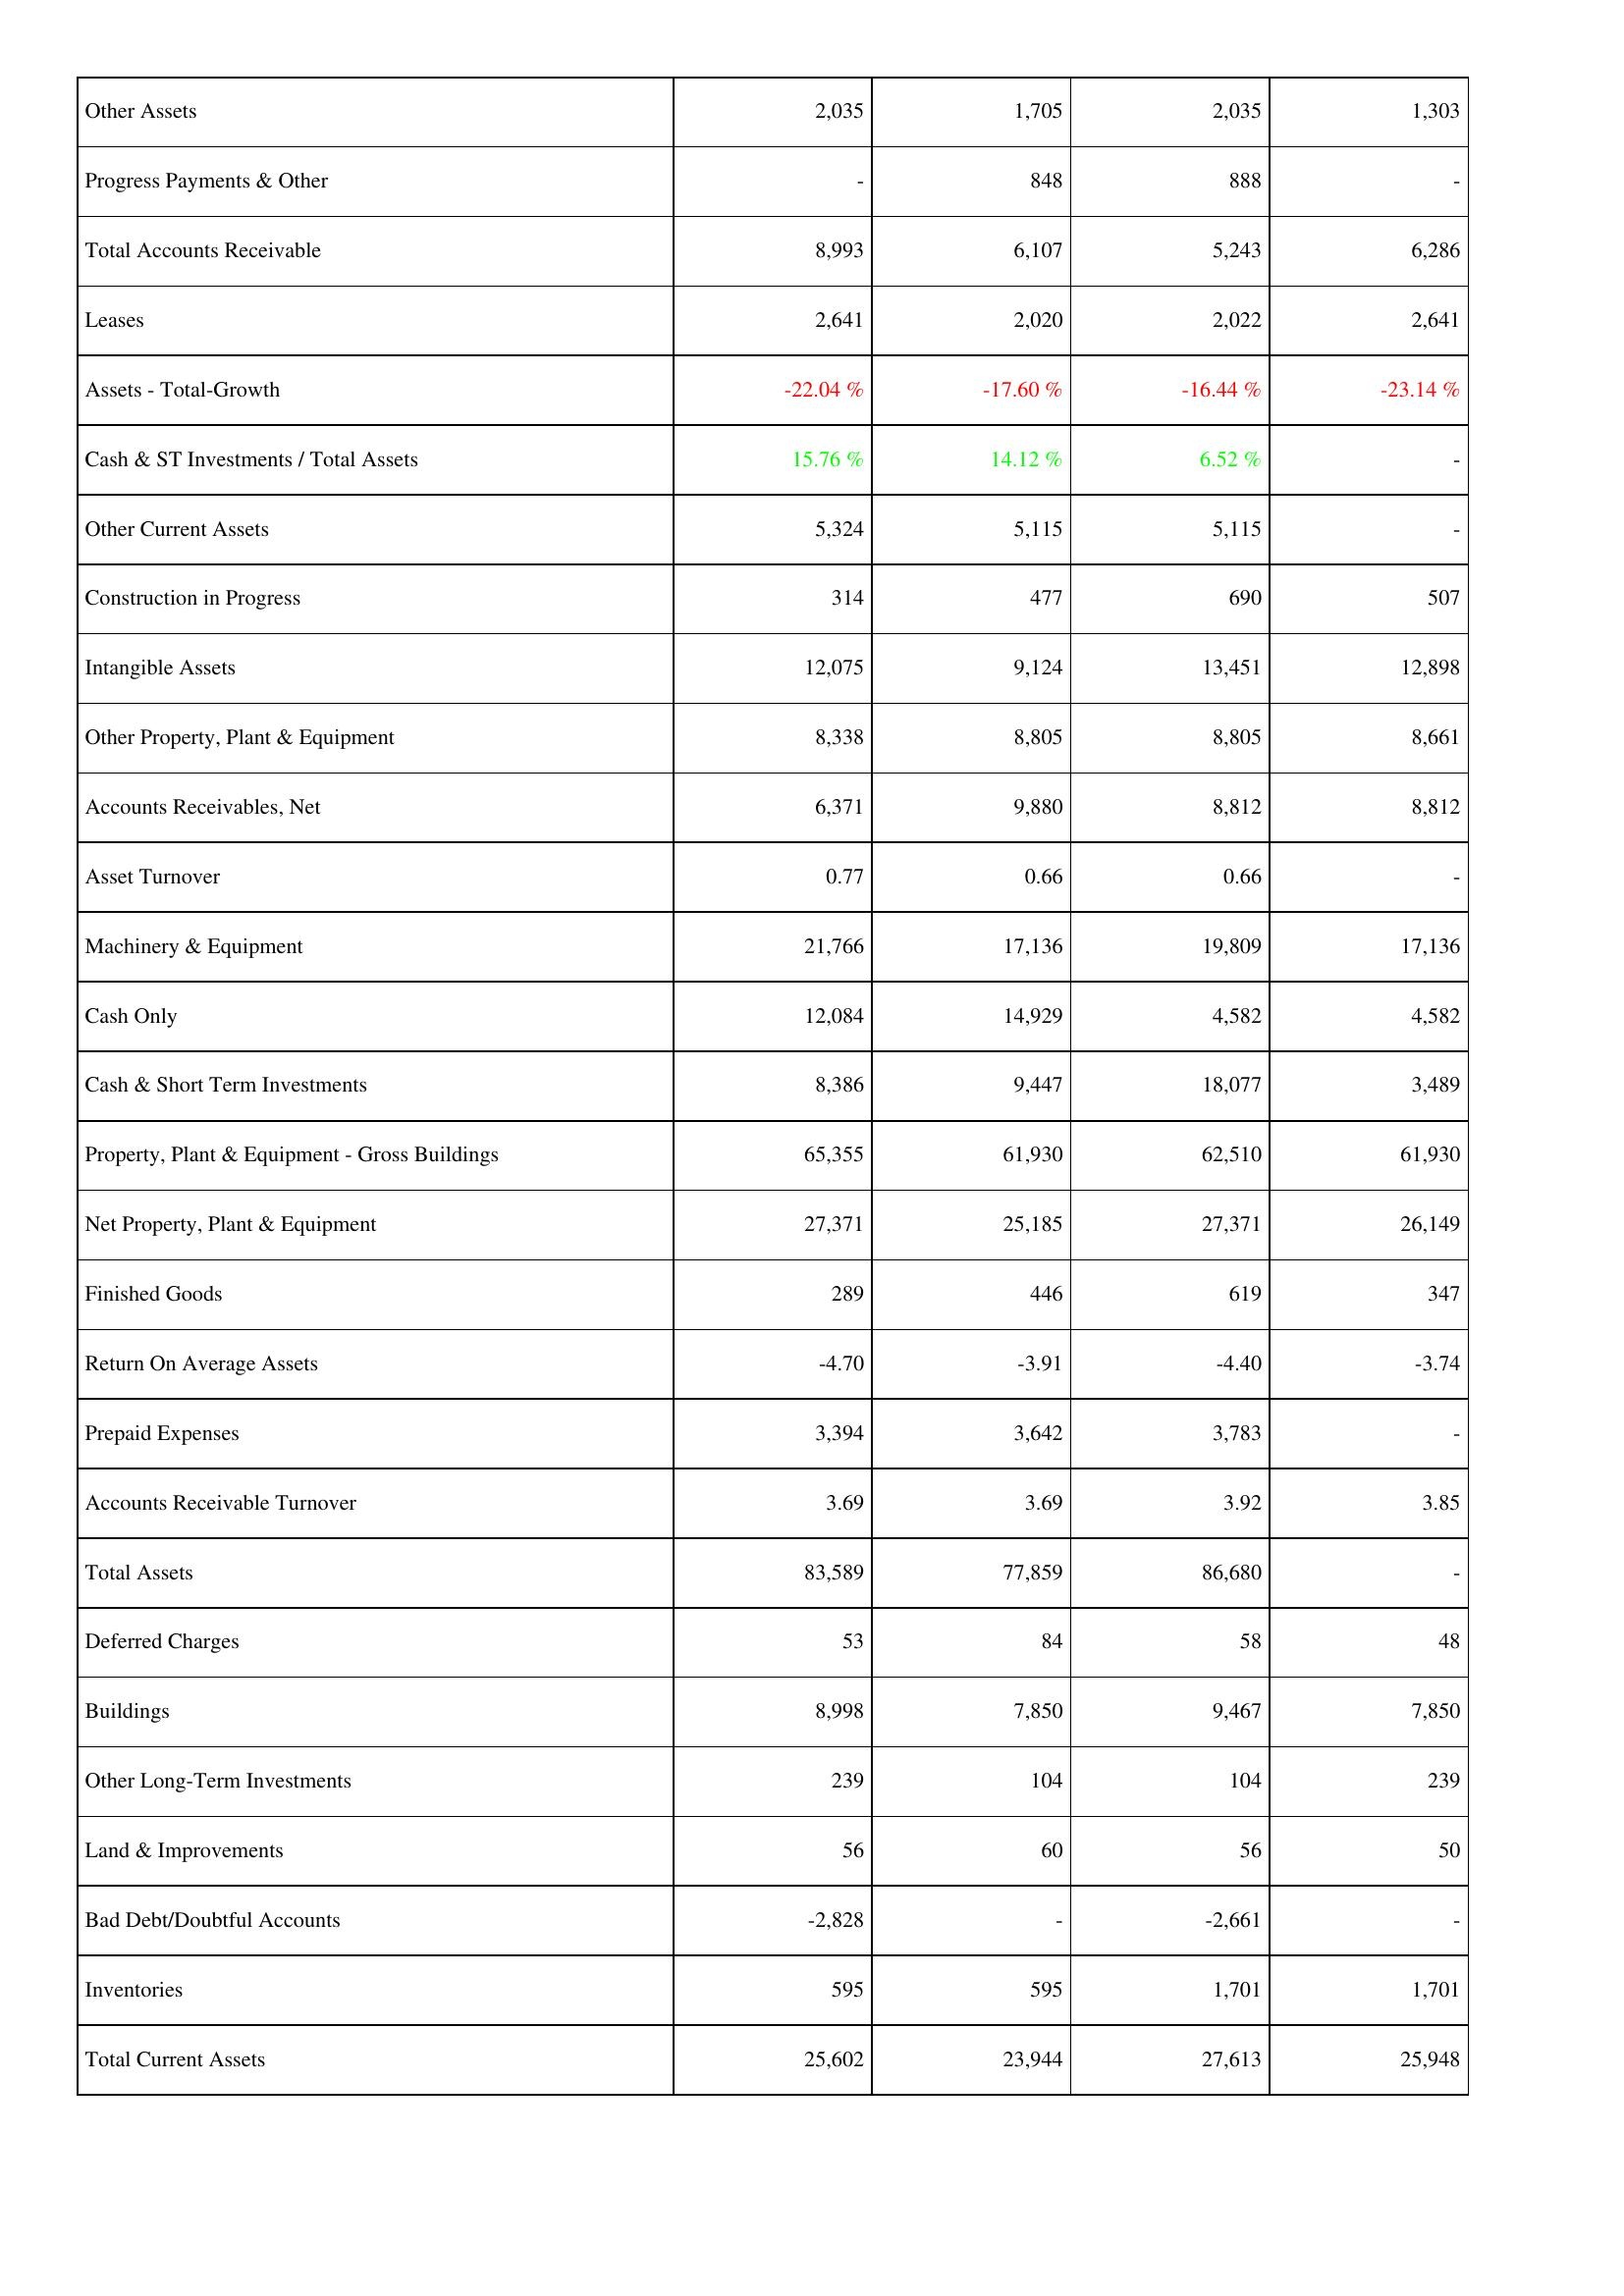
2015: Assets: Other Assets: 2,035
Progress Payments & Other: -
Total Accounts Receivable: 8,993
Leases: 2,641
Assets - Total-Growth: -22.04 %
Cash & ST Investments / Total Assets: 15.76 %
Other Current Assets: 5,324
Construction in Progress: 314
Intangible Assets: 12,075
Other Property, Plant & Equipment: 8,338
Accounts Receivables, Net: 6,371
Asset Turnover: 0.77
Machinery & Equipment: 21,766
Cash Only: 12,084
Cash & Short Term Investments: 8,386
Property, Plant & Equipment - Gross Buildings: 65,355
Net Property, Plant & Equipment: 27,371
Finished Goods: 289
Return On Average Assets: -4.70
Prepaid Expenses: 3,394
Accounts Receivable Turnover: 3.69
Total Assets: 83,589
Deferred Charges: 53
Buildings: 8,998
Other Long-Term Investments: 239
Land & Improvements: 56
Bad Debt/Doubtful Accounts: -2,828
Inventories: 595
Total Current Assets: 25,602
2016: Assets: Other Assets: 1,705
Progress Payments & Other: 848
Total Accounts Receivable: 6,107
Leases: 2,020
Assets - Total-Growth: -17.60 %
Cash & ST Investments / Total Assets: 14.12 %
Other Current Assets: 5,115
Construction in Progress: 477
Intangible Assets: 9,124
Other Property, Plant & Equipment: 8,805
Accounts Receivables, Net: 9,880
Asset Turnover: 0.66
Machinery & Equipment: 17,136
Cash Only: 14,929
Cash & Short Term Investments: 9,447
Property, Plant & Equipment - Gross Buildings: 61,930
Net Property, Plant & Equipment: 25,185
Finished Goods: 446
Return On Average Assets: -3.91
Prepaid Expenses: 3,642
Accounts Receivable Turnover: 3.69
Total Assets: 77,859
Deferred Charges: 84
Buildings: 7,850
Other Long-Term Investments: 104
Land & Improvements: 60
Bad Debt/Doubtful Accounts: -
Inventories: 595
Total Current Assets: 23,944
2017: Assets: Other Assets: 2,035
Progress Payments & Other: 888
Total Accounts Receivable: 5,243
Leases: 2,022
Assets - Total-Growth: -16.44 %
Cash & ST Investments / Total Assets: 6.52 %
Other Current Assets: 5,115
Construction in Progress: 690
Intangible Assets: 13,451
Other Property, Plant & Equipment: 8,805
Accounts Receivables, Net: 8,812
Asset Turnover: 0.66
Machinery & Equipment: 19,809
Cash Only: 4,582
Cash & Short Term Investments: 18,077
Property, Plant & Equipment - Gross Buildings: 62,510
Net Property, Plant & Equipment: 27,371
Finished Goods: 619
Return On Average Assets: -4.40
Prepaid Expenses: 3,783
Accounts Receivable Turnover: 3.92
Total Assets: 86,680
Deferred Charges: 58
Buildings: 9,467
Other Long-Term Investments: 104
Land & Improvements: 56
Bad Debt/Doubtful Accounts: -2,661
Inventories: 1,701
Total Current Assets: 27,613
2018: Assets: Other Assets: 1,303
Progress Payments & Other: -
Total Accounts Receivable: 6,286
Leases: 2,641
Assets - Total-Growth: -23.14 %
Cash & ST Investments / Total Assets: -
Other Current Assets: -
Construction in Progress: 507
Intangible Assets: 12,898
Other Property, Plant & Equipment: 8,661
Accounts Receivables, Net: 8,812
Asset Turnover: -
Machinery & Equipment: 17,136
Cash Only: 4,582
Cash & Short Term Investments: 3,489
Property, Plant & Equipment - Gross Buildings: 61,930
Net Property, Plant & Equipment: 26,149
Finished Goods: 347
Return On Average Assets: -3.74
Prepaid Expenses: -
Accounts Receivable Turnover: 3.85
Total Assets: -
Deferred Charges: 48
Buildings: 7,850
Other Long-Term Investments: 239
Land & Improvements: 50
Bad Debt/Doubtful Accounts: -
Inventories: 1,701
Total Current Assets: 25,948